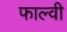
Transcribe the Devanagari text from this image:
फाल्वी